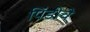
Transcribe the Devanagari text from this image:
पिंडीचे